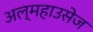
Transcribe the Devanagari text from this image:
अल्महाउसेज